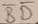
Text: BD